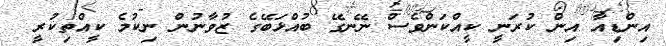
އިންޑިއާ އިން ކުރަނީ ކީއްކަންވެސް ނޭނގޭ ބުއްޅަބޭގެ ޒުވާނުން ނިކުމެ ކީއްތިކުރީ